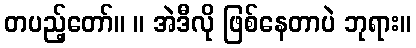
တပည့်တော်။ ။ အဲဒီလို ဖြစ်နေတာပဲ ဘုရား။